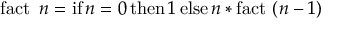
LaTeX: \operatorname { f a c t } \ n = \operatorname { i f } n = 0 \operatorname { t h e n } 1 \operatorname { e l s e } n * \operatorname { f a c t } \ ( n - 1 )